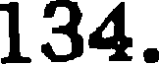
134.